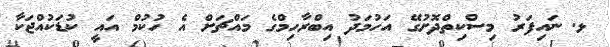
ޅ. ނައިފަރު މިސްކިތްދޮށުގޭ އަހުމަދު އިބްރާހިމްގެ މައްޗަށް އެ ހުކުމް އައީ ކުޑަކުއްޖަކާ